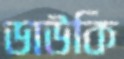
ডাউকি